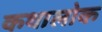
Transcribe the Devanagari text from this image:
कथालोक